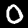
Digit: 0